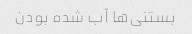
بستنی‌ها آب شده بودن